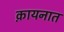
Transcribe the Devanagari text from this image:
क़ायनात